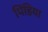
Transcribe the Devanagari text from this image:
पिंडिया